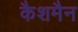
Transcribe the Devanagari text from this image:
कैशमैन